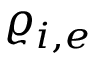
\varrho _ { i , e }